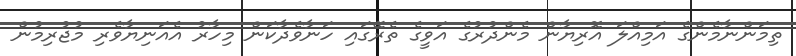
ތިމަންނާމެންގެ އަމިއްލަ އޮރިޔާން މެންދުރުގެ އަވީގެ ތެރޭގައި ހަނާވެދާކަން މިހާރު އެއަނިޔާވެރި މުޖުރިމުން